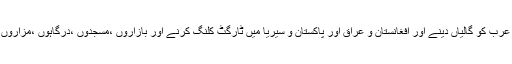
ہمیں شام اور یمن میں مسلمانوں کا خون بہانے ،ایران یا سعودی عرب کو گالیاں دینے اور افغانستان و عراق اور پاکستان و سیریا میں ٹارگٹ کلنگ کرنے اور بازاروں ،مسجدوں ،درگاہوں ،مزاروں اور امام باڑوں میں بم دھماکے کرنے سے فرصت ملے تب تو۔